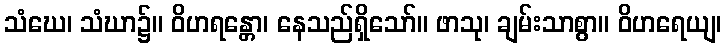
သံဃေ၊ သံဃာ၌။ ဝိဟရန္တော၊ နေသည်ရှိသော်။ ဖာသု၊ ချမ်းသာစွာ။ ဝိဟရေယျ၊